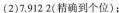
(2)7.9122(精确到个位)；